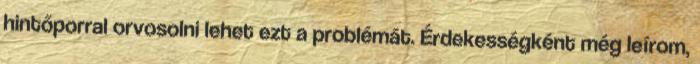
hintőporral orvosolni lehet ezt a problémát. Érdekességként még leírom,